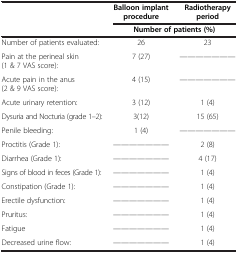
<table><thead><tr><td><b> </b></td><td><b>Balloon implant procedure</b></td><td><b>Radiotherapy period</b></td></tr><tr><td><b> </b></td><td colspan="2"><b>Number of patients (%)</b></td></tr></thead><tbody><tr><td>Number of patients evaluated:</td><td>26</td><td>23</td></tr><tr><td>Pain at the perineal skin (1 &amp; 7 VAS score):</td><td>7 (27)</td><td>— — — — — — —</td></tr><tr><td>Acute pain in the anus (2 &amp; 9 VAS score):</td><td>4 (15)</td><td>— — — — — — —</td></tr><tr><td>Acute urinary retention:</td><td>3 (12)</td><td>1 (4)</td></tr><tr><td>Dysuria and Nocturia (grade 1–2):</td><td>3(12)</td><td>15 (65)</td></tr><tr><td>Penile bleeding:</td><td>1 (4)</td><td>— — — — — — —</td></tr><tr><td>Proctitis (Grade 1):</td><td>— — — — — — —</td><td>2 (8)</td></tr><tr><td>Diarrhea (Grade 1):</td><td>— — — — — — —</td><td>4 (17)</td></tr><tr><td>Signs of blood in feces (Grade 1):</td><td>— — — — — — —</td><td>1 (4)</td></tr><tr><td>Constipation (Grade 1):</td><td>— — — — — — —</td><td>1 (4)</td></tr><tr><td>Erectile dysfunction:</td><td>— — — — — — —</td><td>1 (4)</td></tr><tr><td>Pruritus:</td><td>— — — — — — —</td><td>1 (4)</td></tr><tr><td>Fatigue</td><td>— — — — — — —</td><td>1 (4)</td></tr><tr><td>Decreased urine flow:</td><td>— — — — — — —</td><td>1 (4)</td></tr></tbody></table>